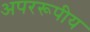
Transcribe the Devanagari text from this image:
अपररूपीय